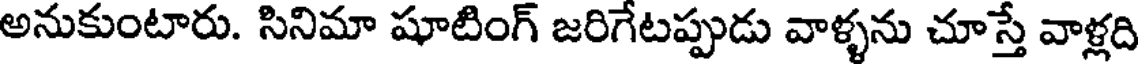
అనుకుంటారు. సినిమా షూటింగ్ జరిగేటప్పుడు వాళ్ళను చూస్తే వాళ్లది